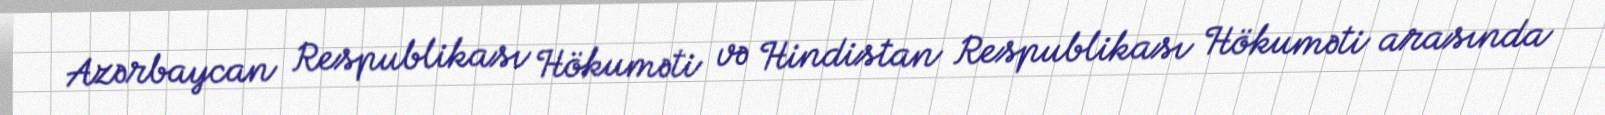
Azərbaycan Respublikası Hökuməti və Hindistan Respublikası Hökuməti arasında